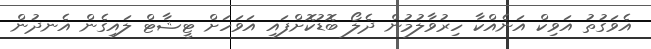
އެވަގުތު އަވިކް އަނެއްކާ ހިރުވާލުމުން ދެލޯ ބޮޑުކޮށްފައި އަވަހަށް ޓީޝާޓް ލައިގެން އެނދުން